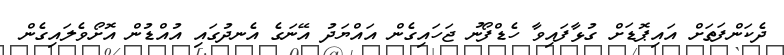
ދެކަންފަތަށް އައިޕޮޑަށް ގުޅާފައިވާ ހެޑްފޯނު ޖަހައިގެން އައްޔަދު އޭނަގެ އެނދުގައި އުއްޑުން އޮށޯވެލައިގެން